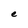
Character: e